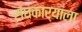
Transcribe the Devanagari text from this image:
संघकार्याला